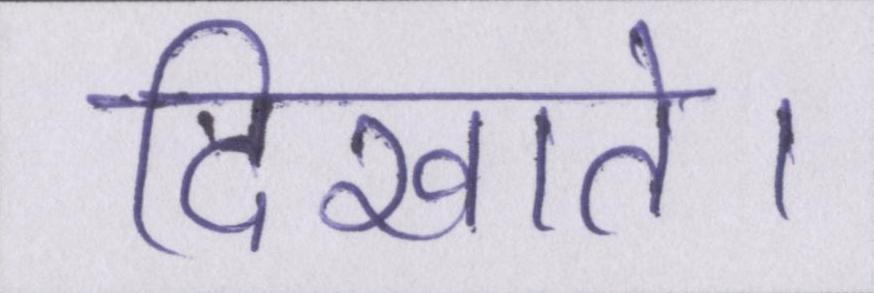
दिखाते।